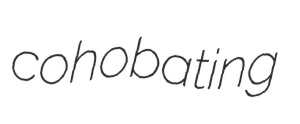
cohobating